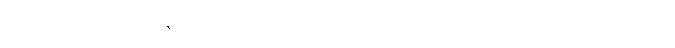
လက်ကောက်ဝတ်နေရာရှိ လက်ရာ မည်းမည်းကြီးက အထင်းသား ပေါ်လာသည်။